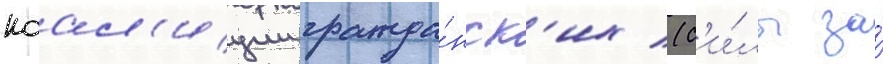
коал'иции гражда́нск'их (с'и́лы за́